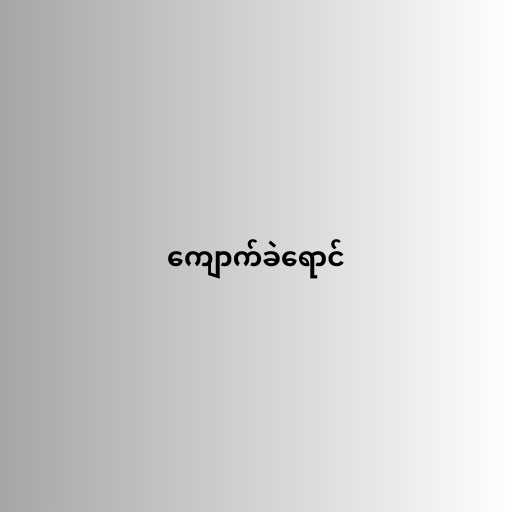
ကျောက်ခဲရောင်